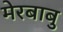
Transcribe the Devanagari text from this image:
मेरबाबु